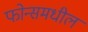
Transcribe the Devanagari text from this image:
फोन्समधील